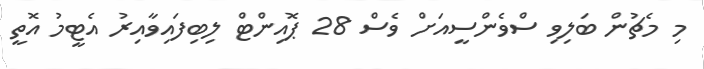
މި މެޗުން ބަލިވި ސްވެންސީއަށް ވެސް 28 ޕޮއިންޓް ލިބިފައިވާއިރު އެޓީމު އޮތީ